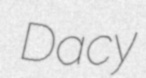
Dacy